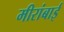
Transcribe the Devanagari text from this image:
मीरांबाई